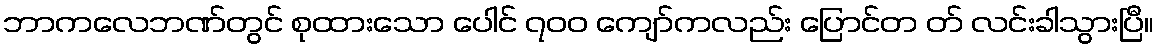
ဘာကလေဘဏ်တွင် စုထားသော ပေါင် ၇၀၀ ကျော်ကလည်း ပြောင်တ တ် လင်းခါသွားပြီ။